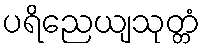
ပရိညေယျသုတ္တံ